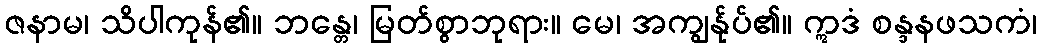
ဇနာမ၊ သိပါကုန်၏။ ဘန္တေ၊ မြတ်စွာဘုရား။ မေ၊ အကျွန်ုပ်၏။ ဣဒံ စန္ဒနဖသကံ၊